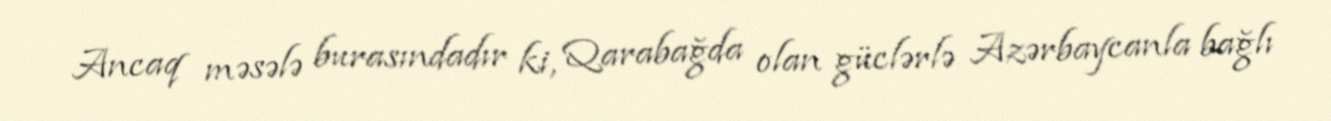
Ancaq məsələ burasındadır ki, Qarabağda olan güclərlə Azərbaycanla bağlı